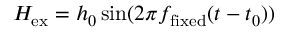
H _ { \mathrm { e x } } = h _ { 0 } \sin ( 2 \pi f _ { \mathrm { f i x e d } } ( t - t _ { 0 } ) )